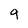
Character: q